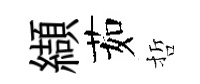
纈茹哲